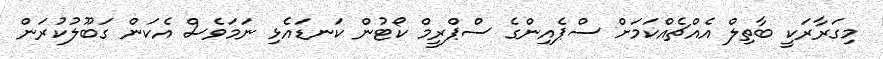
މިގަރާރަކީ ބާތިލް އެއްޗެއްކަމަށް ސްޕެއިންގެ ސްޕްރީމް ކޯޓުން ކަނޑައެޅި ނަމަވެސް އެކަން ގަބޫލުކުރަން